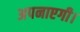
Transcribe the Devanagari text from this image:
अपनाएगी।